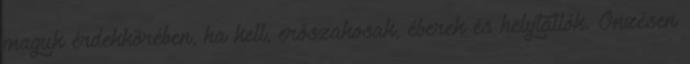
maguk érdekkörében, ha kell, erőszakosak, éberek és helytállók. Önzésen